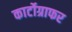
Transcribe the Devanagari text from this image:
कार्टोग्राफर